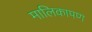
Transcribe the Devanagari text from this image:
मालिकापण